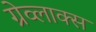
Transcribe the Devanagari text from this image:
ग्रेव्लाक्स